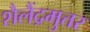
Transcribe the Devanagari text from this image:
शैलैंद्रमुत्तर